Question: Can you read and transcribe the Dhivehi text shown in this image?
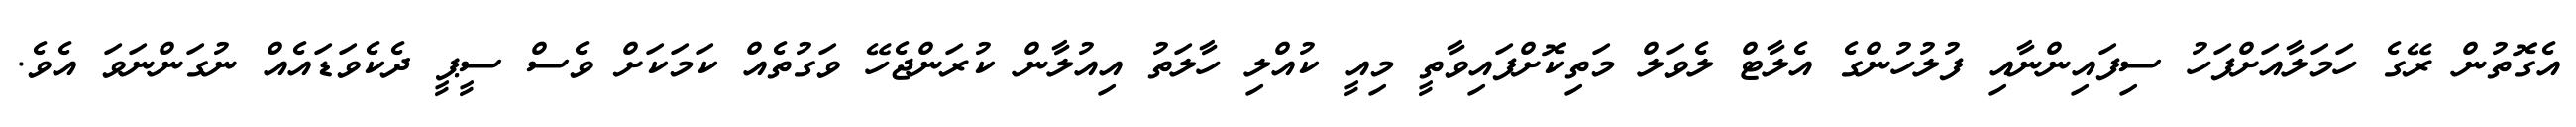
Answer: އެގޮތުން ރޭގެ ހަމަލާއަށްފަހު ސިފައިންނާއި ފުލުހުންގެ އެލާޓް ލެވަލް މަތިކޮށްފައިވާތީ މިއީ ކުއްލި ހާލަތު އިއުލާން ކުރަންޖެހޭ ވަގުތެއް ކަމަކަށް ވެސް ސީޕީ ދެކެވަޑައެއް ނުގަންނަވަ އެވެ.